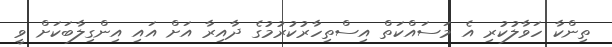
ތިންކާ ހަވާލުކުރި އެ މަސައްކަތް އިސްތިހާރުކުރުމުގެ ދާއިރާ އަށް އައި އިންގިލާބަކަށް ވީ